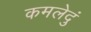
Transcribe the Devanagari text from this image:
कमलेदुं